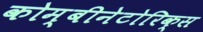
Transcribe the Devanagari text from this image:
कोम्बीनेटोरिक्स